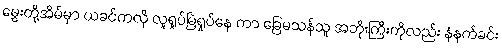
မွှေးတို့အိမ်မှာ ယခင်ကလို လူရှုပ်မြဲရှုပ်နေ ကာ ခြေမသန်သူ အဘိုးကြီးကိုလည်း နံနက်ခင်း